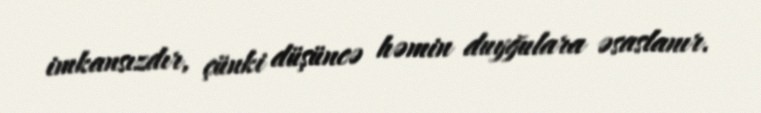
imkansızdır, çünki düşüncə həmin duyğulara əsaslanır.